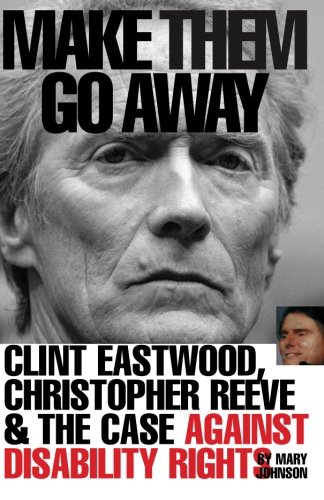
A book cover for Make Them Go Away: Clint Eastwood, Christopher Reeve and the Case Against Disability Rights; Mary Johnson; Law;